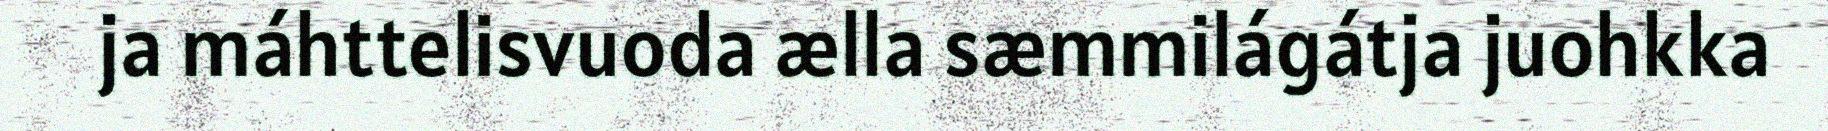
ja máhttelisvuoda ælla sæmmilágátja juohkka